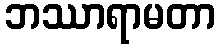
ဘဿာရာမတာ